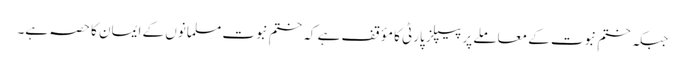
جبکہ ختمِ نبوت کے معاملے پر پیپلز پارٹی کا مؤقف ہے کہ ختمِ نبوت مسلمانوں کے ایمان کا حصہ ہے۔